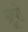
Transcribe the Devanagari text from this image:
ग्रूपो